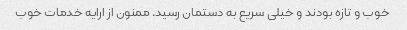
خوب و تازه بودند و خیلی سریع به دستمان رسید. ممنون از ارایه خدمات خوب